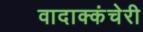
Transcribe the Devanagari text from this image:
वादाक्कंचेरी